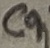
Text: C9